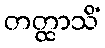
တတ္ထာသိံ